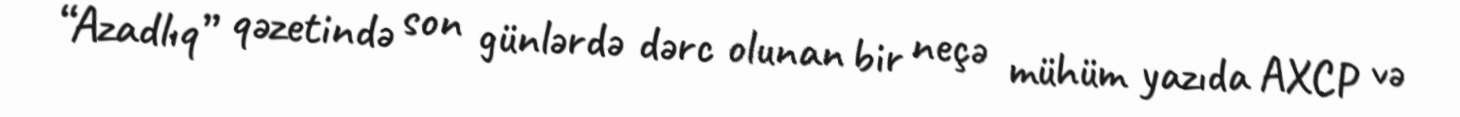
“Azadlıq” qəzetində son günlərdə dərc olunan bir neçə mühüm yazıda AXCP və